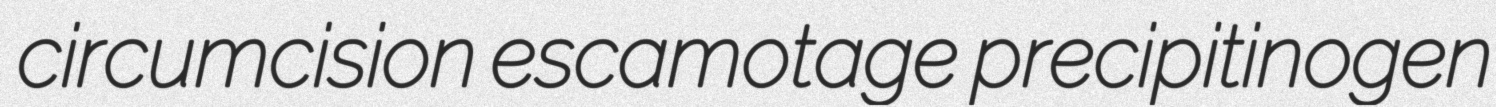
circumcision escamotage precipitinogen